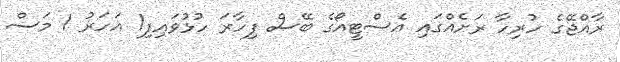
ރާއްޖޭގެ ހުރިހާ ރަށެއްގައި އެސްޓީއޯގެ ބޭސް ފިހާރަ ހުޅުވައިފި1 އަހަރު 1 މަސް